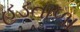
હડતાળા